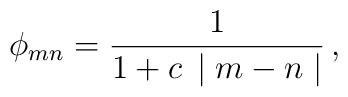
\phi_{mn}=\frac{1}{1+ c \, \mid m - n \mid} \, ,